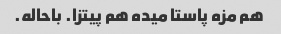
هم مزه پاستا میده هم پیتزا. باحاله.